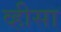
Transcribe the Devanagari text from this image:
व्हीसा